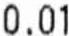
0.01